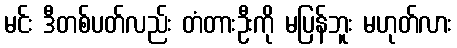
မင်း ဒီတစ်ပတ်လည်း တံတားဦးကို မပြန်ဘူး မဟုတ်လား